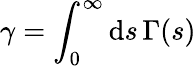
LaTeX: \gamma=\int_{0}^{\infty}\mathrm{d}s\, \Gamma(s)